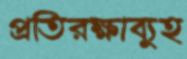
প্রতিরক্ষাব্যুহ